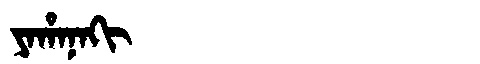
Manchu: ᠶᠠᡥᠠᠨᠠᡴᡳ
Romanization: YAHANAKI